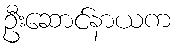
ဦးဆောင်နာယက